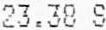
23.38 S